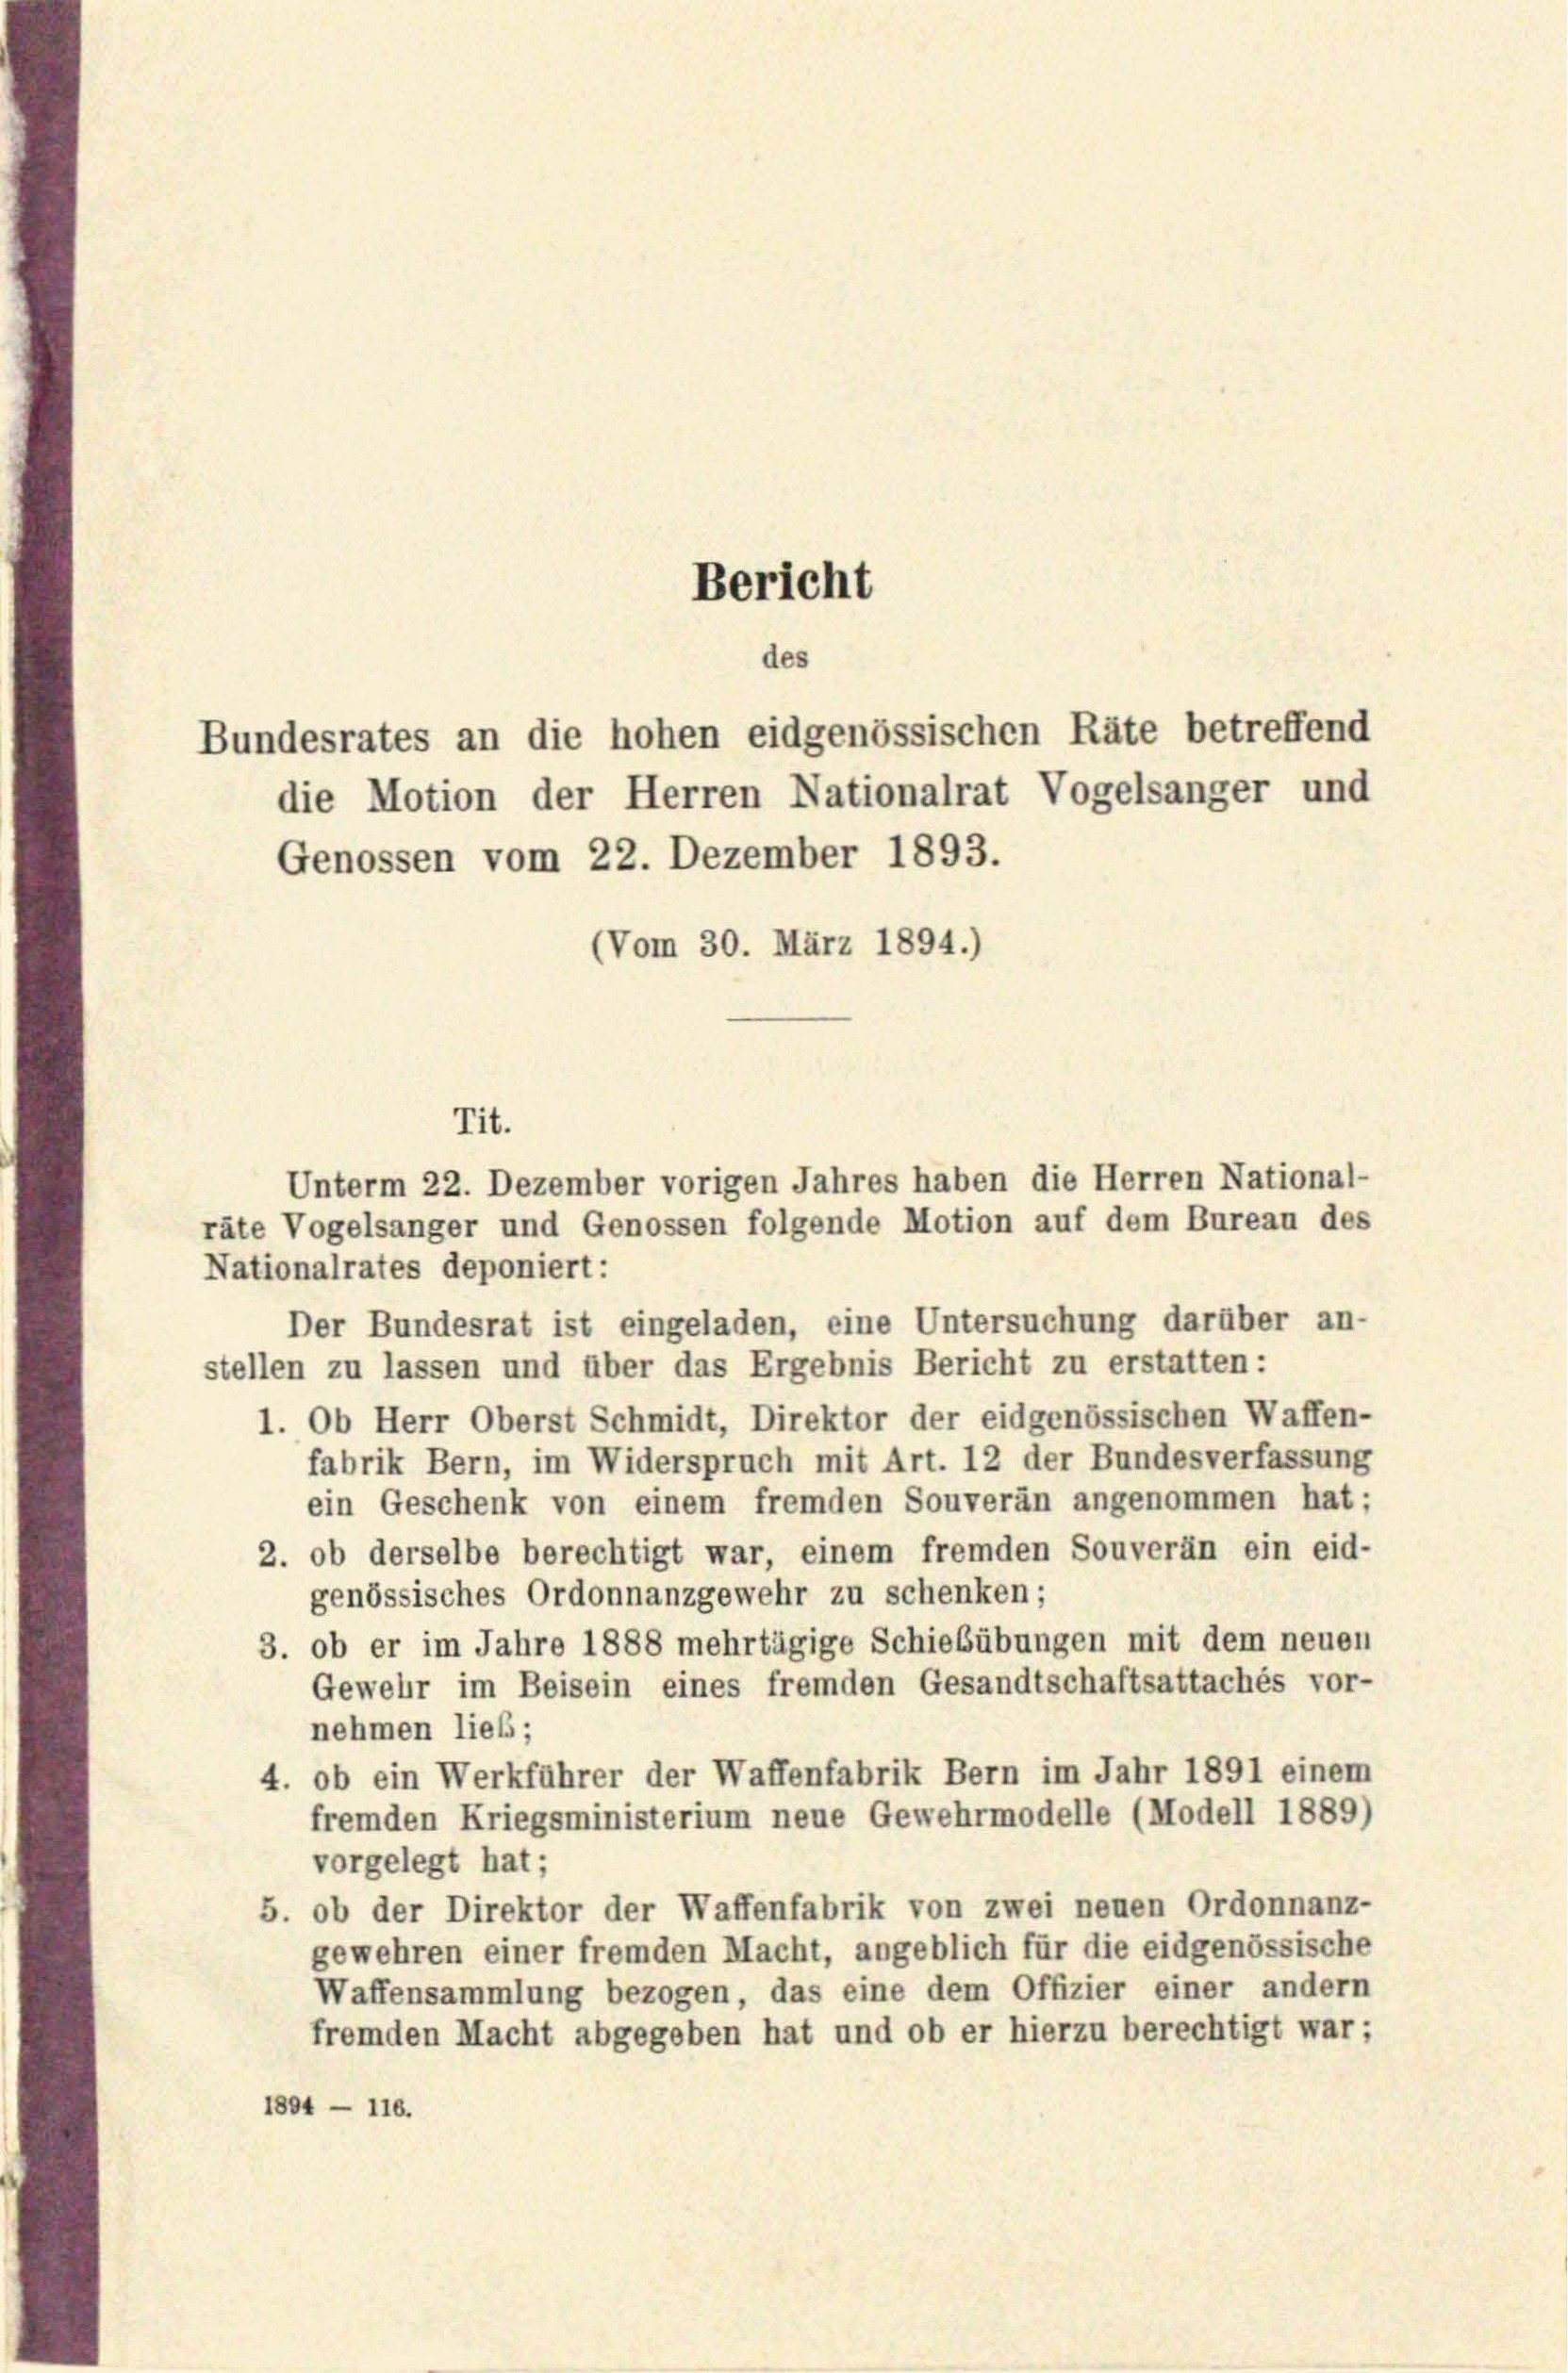
Bericht

des
Bundesrates an die hohen eidgenössischen Räte betreffend
die Motion der Herren Nationalrat Vogelsanger und

Genossen vom 22. Dezember 1893.
(Vom 30. März 1894.)

Tit.

Unterm 22. Dezember vorigen Jahres haben die Herren National-

räte Vogelsanger und Genossen folgende Motion auf dem Bureau des
Nationalrates deponiert:
Der Bundesrat ist eingeladen, eine Untersuchung darüber an-
stellen zu lassen und über das Ergebnis Bericht zu erstatten:
1. Ob Herr Oberst Schmidt, Direktor der eidgenössischen Waffen-
fabrik Bern, im Widerspruch mit Art. 12 der Bundesverfassung
ein Geschenk von einem fremden Souveran angenommen hat;
2. ob derselbe berechtigt war, einem fremden Souverän ein eid-
genössisches Ordonnanzgewehr zu schenken;
3. ob er im Jahre 1888 mehrtägige Schiebübungen mit dem neuen
Gewehr im Beisein eines fremden Gesandtschaftsattachés vor-
nehmen lieb;
4. ob ein Werkführer der Waffenfabrik Bern im Jahr 1891 einem
fremden Kriegsministerium neue Gewehrmodelle (Modell 1889)
vorgelegt hat;
5. ob der Direktor der Waffenfabrik von zwei neuen Ordonnanz-
gewehren einer fremden Macht, angeblich für die eidgenössische
Waffensammlung bezogen, das eine dem Offizier einer andern
fremden Macht abgegeben hat und ob er hierzu berechtigt war;
1804 — 116.